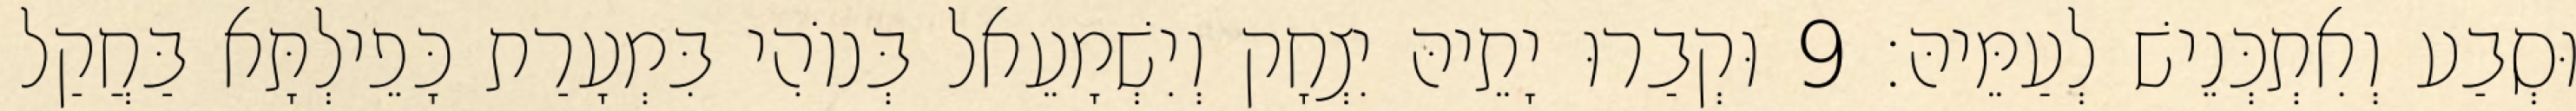
וּסְבַע וְאִתְכְּנֵישׁ לְעַמֵּיהּ׃ 9 וּקְבַרוּ יָתֵיהּ יִצְחָק וְיִשְׁמָעֵאל בְּנוֹהִי בִּמְעָרַת כָּפֵילְתָּא בַּחֲקַל